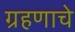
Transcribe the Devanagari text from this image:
ग्रहणाचे